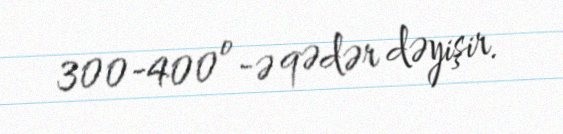
300-400º-ə qədər dəyişir.